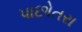
પાછોતરા